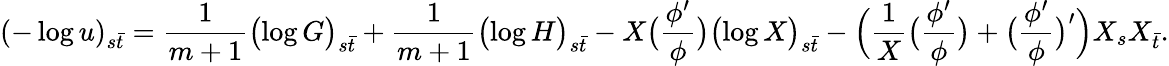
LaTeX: (-\log u)_{s\bar{t}}=\frac{1}{m+1}\bigl(\log G\bigr)_{s\bar{t}}+\frac{1}{m+1}\bigl(\log H\bigr)_{s\bar{t}}-X\bigl(\frac{\phi^{\prime}}{\phi}\bigr)\bigl(\log X\bigr)_{s\bar{t}}-\Bigl(\frac{1}{X}\bigl(\frac{\phi^{\prime}}{\phi}\bigr)+\bigl(\frac{\phi^{\prime}}{\phi}\bigr)^{\prime}\Bigr)X_{s}X_{\bar{t}}.